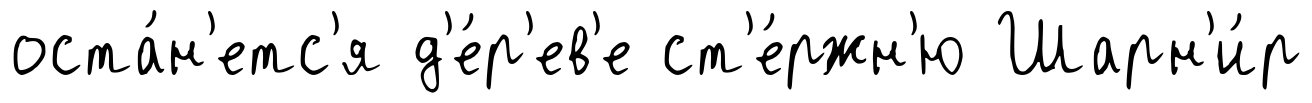
оста́н'етс'я д'е́р'ев'е ст'е́ржн'ю Шарн'и́р